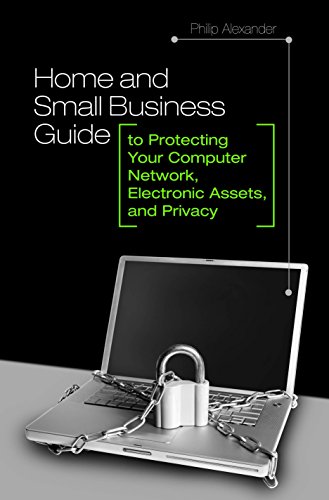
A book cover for Home and Small Business Guide to Protecting Your Computer Network, Electronic Assets, and Privacy; Philip Alexander; Computers & Technology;